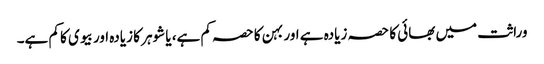
وراثت میں بھائی کا حصہ زیادہ ہے اور بہن کا حصہ کم ہے، یا شوہر کا زیادہ اور بیوی کا کم ہے۔